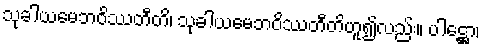
သုခါယမေဘဝိဿတီတိ၊ သုခါယမေဘဝိဿတီတိဟူ၍လည်း။ ပါဋ္ဌော၊